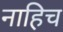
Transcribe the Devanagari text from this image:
नाहिच